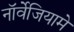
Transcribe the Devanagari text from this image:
नॉर्वेजियामे